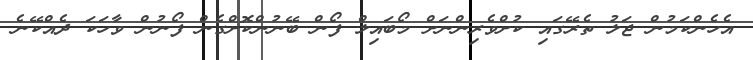
އެހެންކަމުން ޖަލު ތެރޭގައި ކުށްވެރިންނަށް މޯބައިލް ފޯން ބޭނުންކޮށްގެން ފޯނުން ވާހަކަ ދެއްކޭނެ